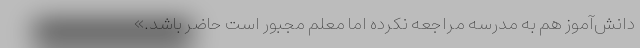
دانش‌آموز هم به مدرسه مراجعه نکرده اما معلم مجبور است حاضر باشد.»